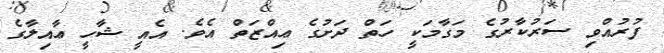
ފުރުއްވި ސަރުކާރުގެ މަގާމަކީ ހަތް ދަށުގެ ޢިއްޒަތް އެވެ. އެއީ ޝާހީ ޢާއިލާގެ